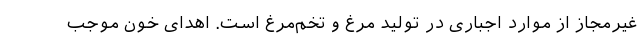
غیرمجاز از موارد اجباری در تولید مرغ و تخم‌مرغ است. اهدای خون موجب